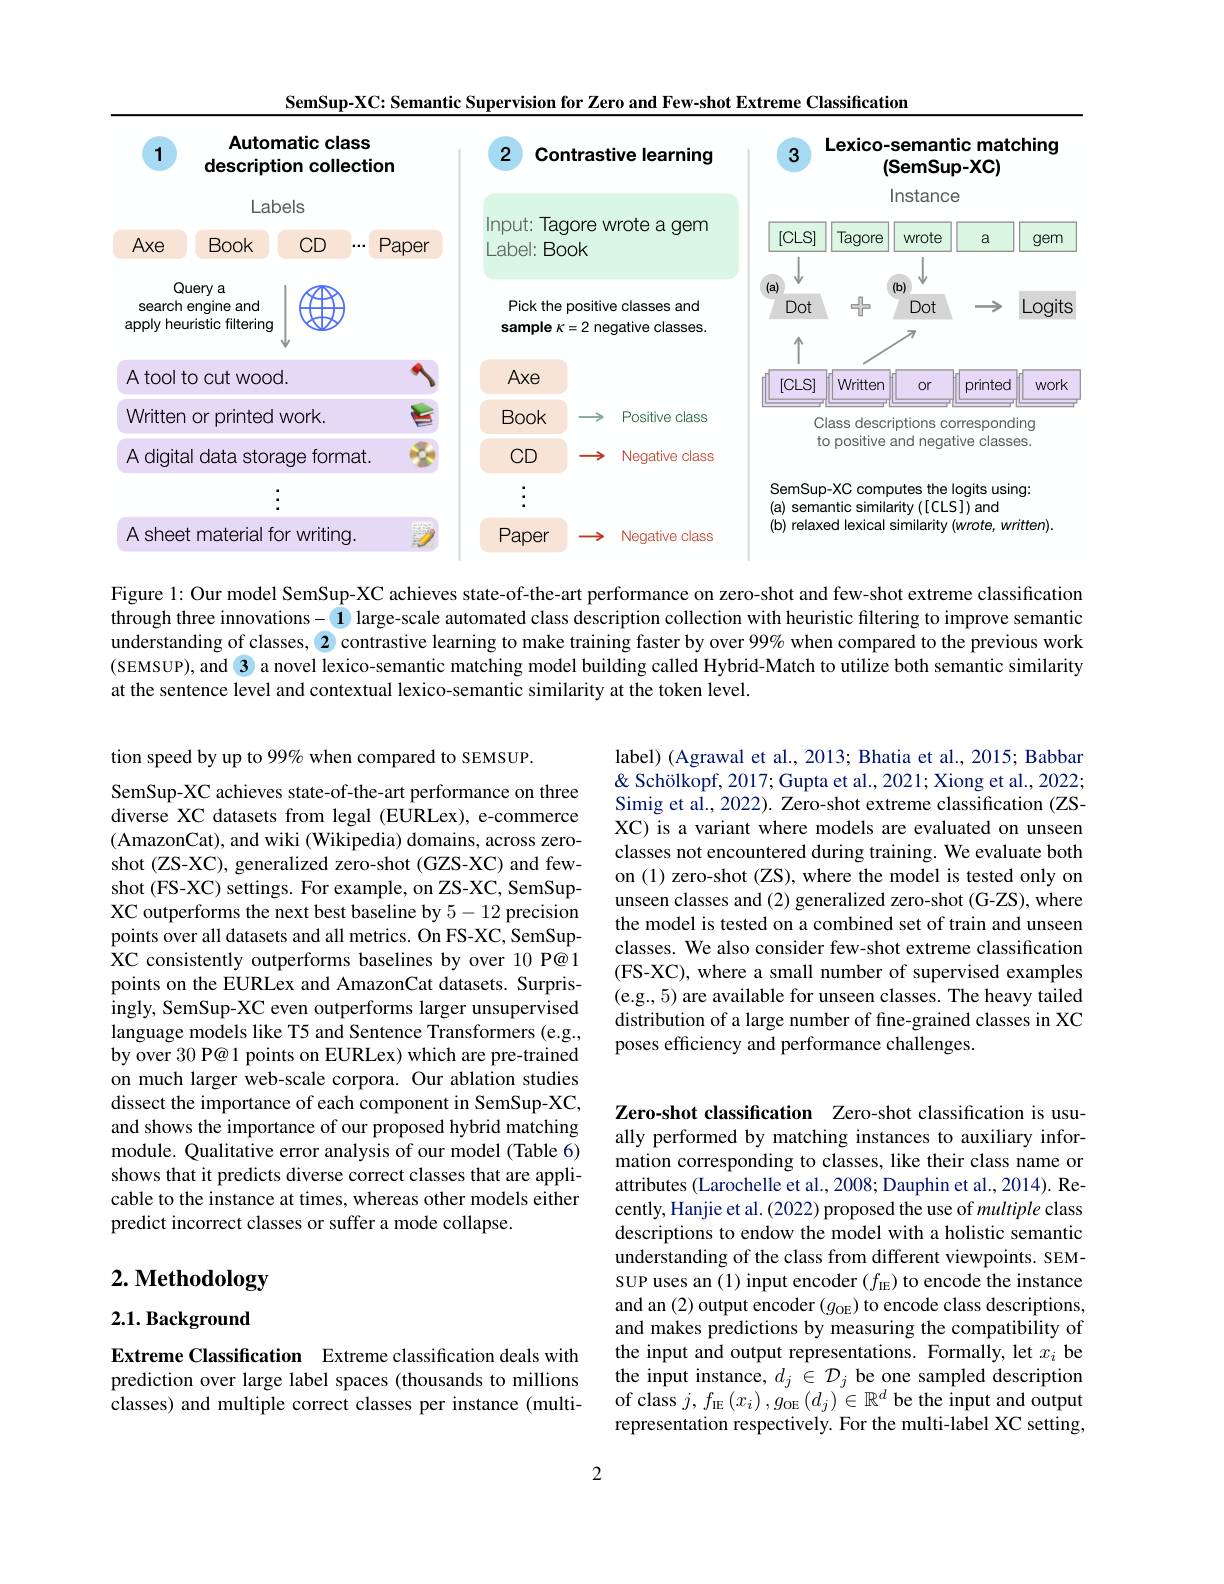
SemSup-XC: Semantic Supervision for Zero and Few-shot Extreme Classification

<FigureHere>

Figure 1: Our model SemSup-XC achieves state-of-the-art performance on zero-shot and few-shot extreme classification through three innovations- 1 large-scale automated class description collection with heuristic filtering to improve semantic understanding of classes, 2 contrastive learning to make training faster by over 99% when compared to the previous work (SEMSUP), and 3 a novel lexico-semantic matching model building called Hybrid-Match to utilize both semantic similarity at the sentence level and contextual lexico-semantic similarity at the token level.

label) (Agrawal et al., 2013; Bhatia et al., 2015; Babbar & Schölkopf, 2017; Gupta et al., 2021; Xiong et al., 2022; Simig et al., 2022). Zero-shot extreme classification (ZSXC) is a variant where models are evaluated on unseen classes not encountered during training. We evaluate both on (1) zero-shot (ZS), where the model is tested only on unseen classes and (2) generalized zero-shot (G-ZS), where the model is tested on a combined set of train and unseen classes. We also consider few-shot extreme classification (FS-XC), where a small number of supervised examples (e.g., 5) are available for unseen classes. The heavy tailed distribution of a large number of fine-grained classes in XC poses efficiency and performance challenges.

tion speed by up to 99% when compared to SEMSUP.
SemSup-XC achieves state-of-the-art performance on three diverse XC datasets from legal (EURLex), e-commerce (AmazonCat), and wiki (Wikipedia) domains, across zeroshot (ZS-XC), generalized zero-shot (GZS-XC) and fewshot (FS-XC) settings. For example, on ZS-XC, SemSupXC outperforms the next best baseline by 5-12 precision points over all datasets and all metrics. On FS-XC, SemSupXC consistently outperforms baselines by over 10 P@1 points on the EURLex and AmazonCat datasets. Surprisingly, SemSup-XC even outperforms larger unsupervised language models like T5 and Sentence Transformers (e.g., by over 30 P@1 points on EURLex) which are pre-trained on much larger web-scale corpora. Our ablation studies dissect the importance of each component in SemSup-XC, and shows the importance of our proposed hybrid matching module. Qualitative error analysis of our model (Table 6) shows that it predicts diverse correct classes that are applicable to the instance at times, whereas other models either predict incorrect classes or suffer a mode collapse.

Zero-shot classification Zero-shot classification is usually performed by matching instances to auxiliary information corresponding to classes, like their class name or attributes (Larochelle et al., 2008; Dauphin et al., 2014). Recently, Hanjie et al. (2022) proposed the use of multiple class descriptions to endow the model with a holistic semantic understanding of the class from different viewpoints. SEMSUP uses an (1) input encoder $(f_\mathrm{IE})$ to encode the instance and an (2) output encoder $(g_\mathrm{OE})$ to encode class descriptions, and makes predictions by measuring the compatibility of the input and output representations. Formally, let $x_i$ be the input instance, $d_j\in\mathcal{D}_j$ be one sampled description
classes) and multiple correct classes per instance (multi- of class $j,f_{\mathrm{IE}}(x_i),g_{\mathrm{OE}}(d_j)\in\mathbb{R}^d$ be the input and output representation respectively. For the multi-label XC setting,

# 2. Methodology

$2. 1. \textbf{Background}$

Extreme Classification Extreme classification deals with prediction over large label spaces (thousands to millions

2